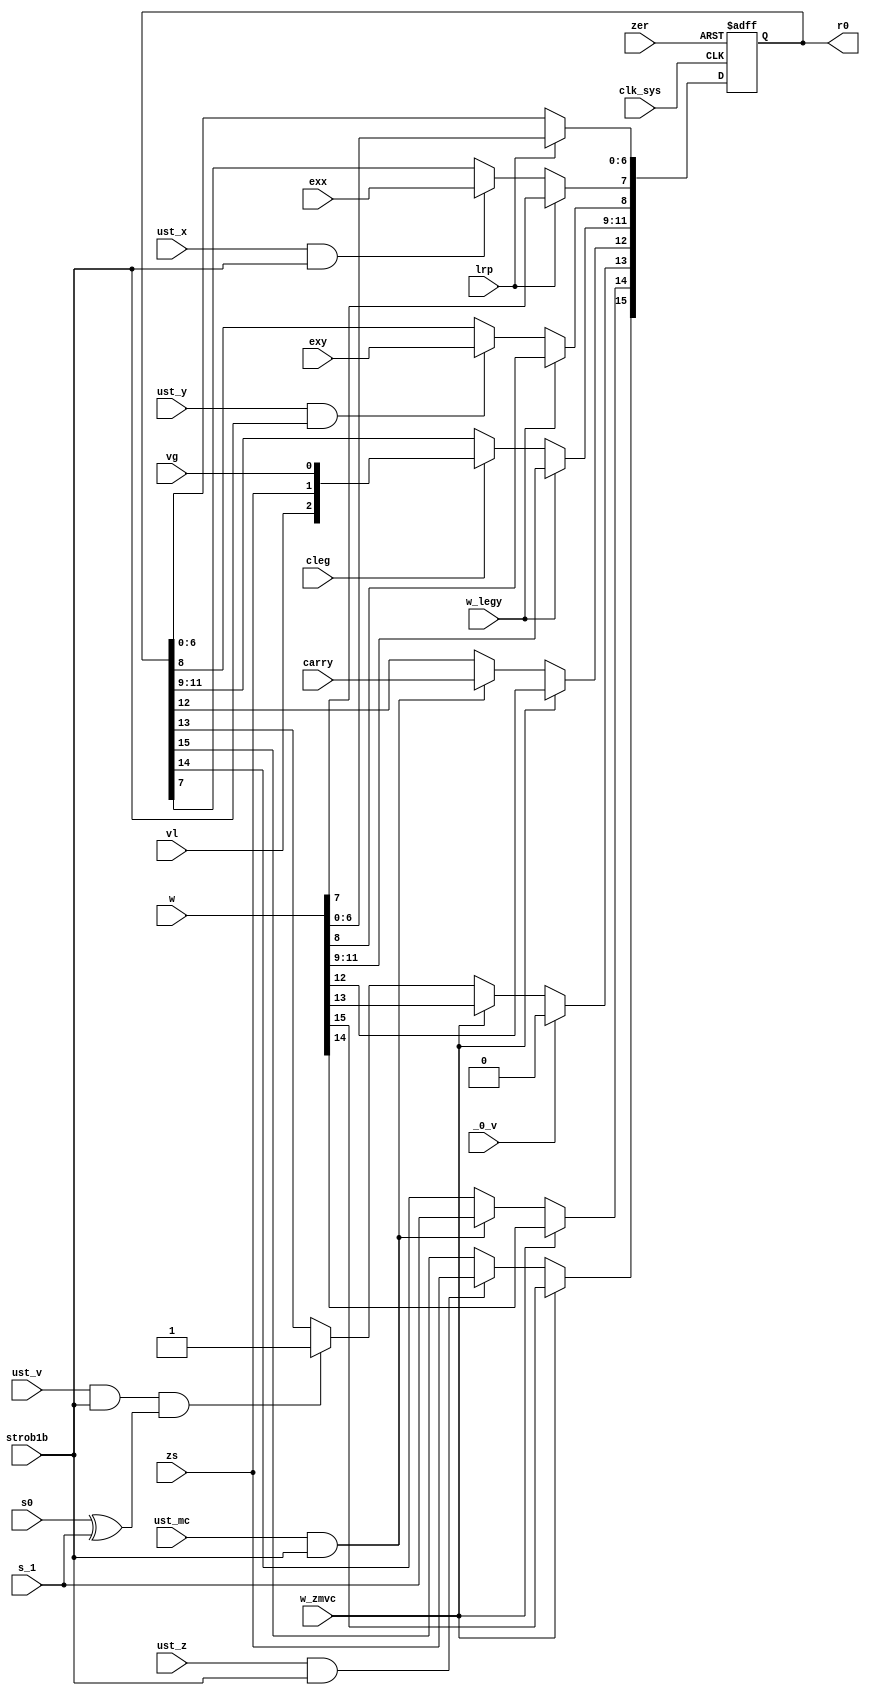
// State register (R0)

module r0 (
	input clk_sys,
	input strob1b,
	// parallel input
	input [0:15] w,
	// flag inputs
	input zs, s_1, s0, carry, vl, vg, exy, exx,
	// flag set commands
	input ust_z, ust_v, ust_mc, ust_y, ust_x, cleg,
	// W->R0
	input w_zmvc, w_legy, lrp,
	// async resets
	input _0_v,
	input zer,
	// register output
	output reg [0:15] r0
);

	wire c0 = ust_z & strob1b;
	wire c1 = ust_mc & strob1b;
	wire c2 = ust_v & strob1b;
	wire c7 = ust_y & strob1b;
	wire c8 = ust_x & strob1b;

	always @ (posedge clk_sys, posedge zer) begin
		if (zer) r0[0:15] <= 16'b0;
		else begin

			if (w_zmvc) {r0[0:1], r0[3]} <= {w[0:1], w[3]};
			else begin
				if (c0) r0[0] <= zs;
				if (c1) {r0[1], r0[3]} <= {s_1, carry};
			end

			// NOTE: for JVS there is always 0->V and it has the priority (as a reset signal)
			if (_0_v) r0[2] <= 1'b0;
			else if (w_zmvc) r0[2] <= w[2];
			else if (c2 & (s0 ^ s_1)) r0[2] <= 1'b1;

			if (w_legy) r0[4:7] <= w[4:7];
			else begin
				if (cleg) r0[4:6] <= {vl, zs, vg};
				if (c7) r0[7] <= exy;
			end

			if (lrp) r0[8:15] <= w[8:15];
			else if (c8) r0[8] <= exx;

		end
	end

endmodule

// vim: tabstop=2 shiftwidth=2 autoindent noexpandtab